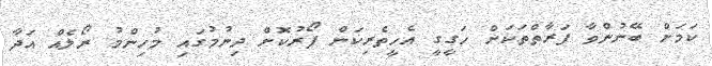
ކަމަށް ބޭނުންވާ ފަރާތްތަކަށް ހަގީގީ އެހީތެރިކަން ފޯރުކޮށް ދިނުމުގައި މުހިންމު ރޯލެއް އަދާ